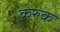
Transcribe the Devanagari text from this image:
करुक